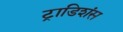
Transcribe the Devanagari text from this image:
ट्राडिशंस